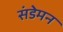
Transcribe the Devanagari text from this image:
संडेमन